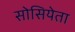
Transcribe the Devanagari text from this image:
सोसियेता